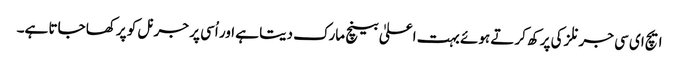
ایچ ای سی جرنلز کی پرکھ کرتے ہوئے بہت اعلیٰ بینچ مارک دیتا ہے اور اُسی پر جرنل کو پرکھا جاتا ہے۔